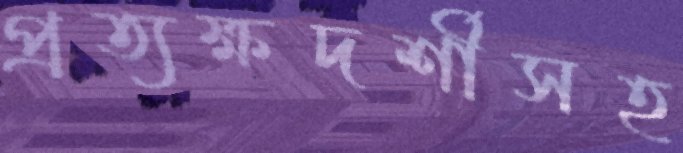
প্রত্যক্ষদর্শীসহ